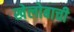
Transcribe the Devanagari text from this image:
खेलोबाची